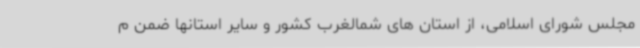
مجلس شورای اسلامی، از استان های شمالغرب کشور و سایر استانها ضمن م